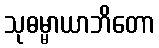
သုဓမ္မာယာဘိတော